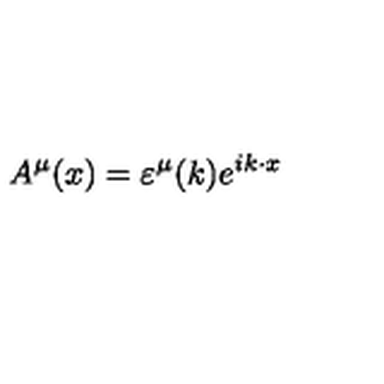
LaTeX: A ^ { \mu } ( x ) = \varepsilon ^ { \mu } ( k ) e ^ { i k \cdot x }